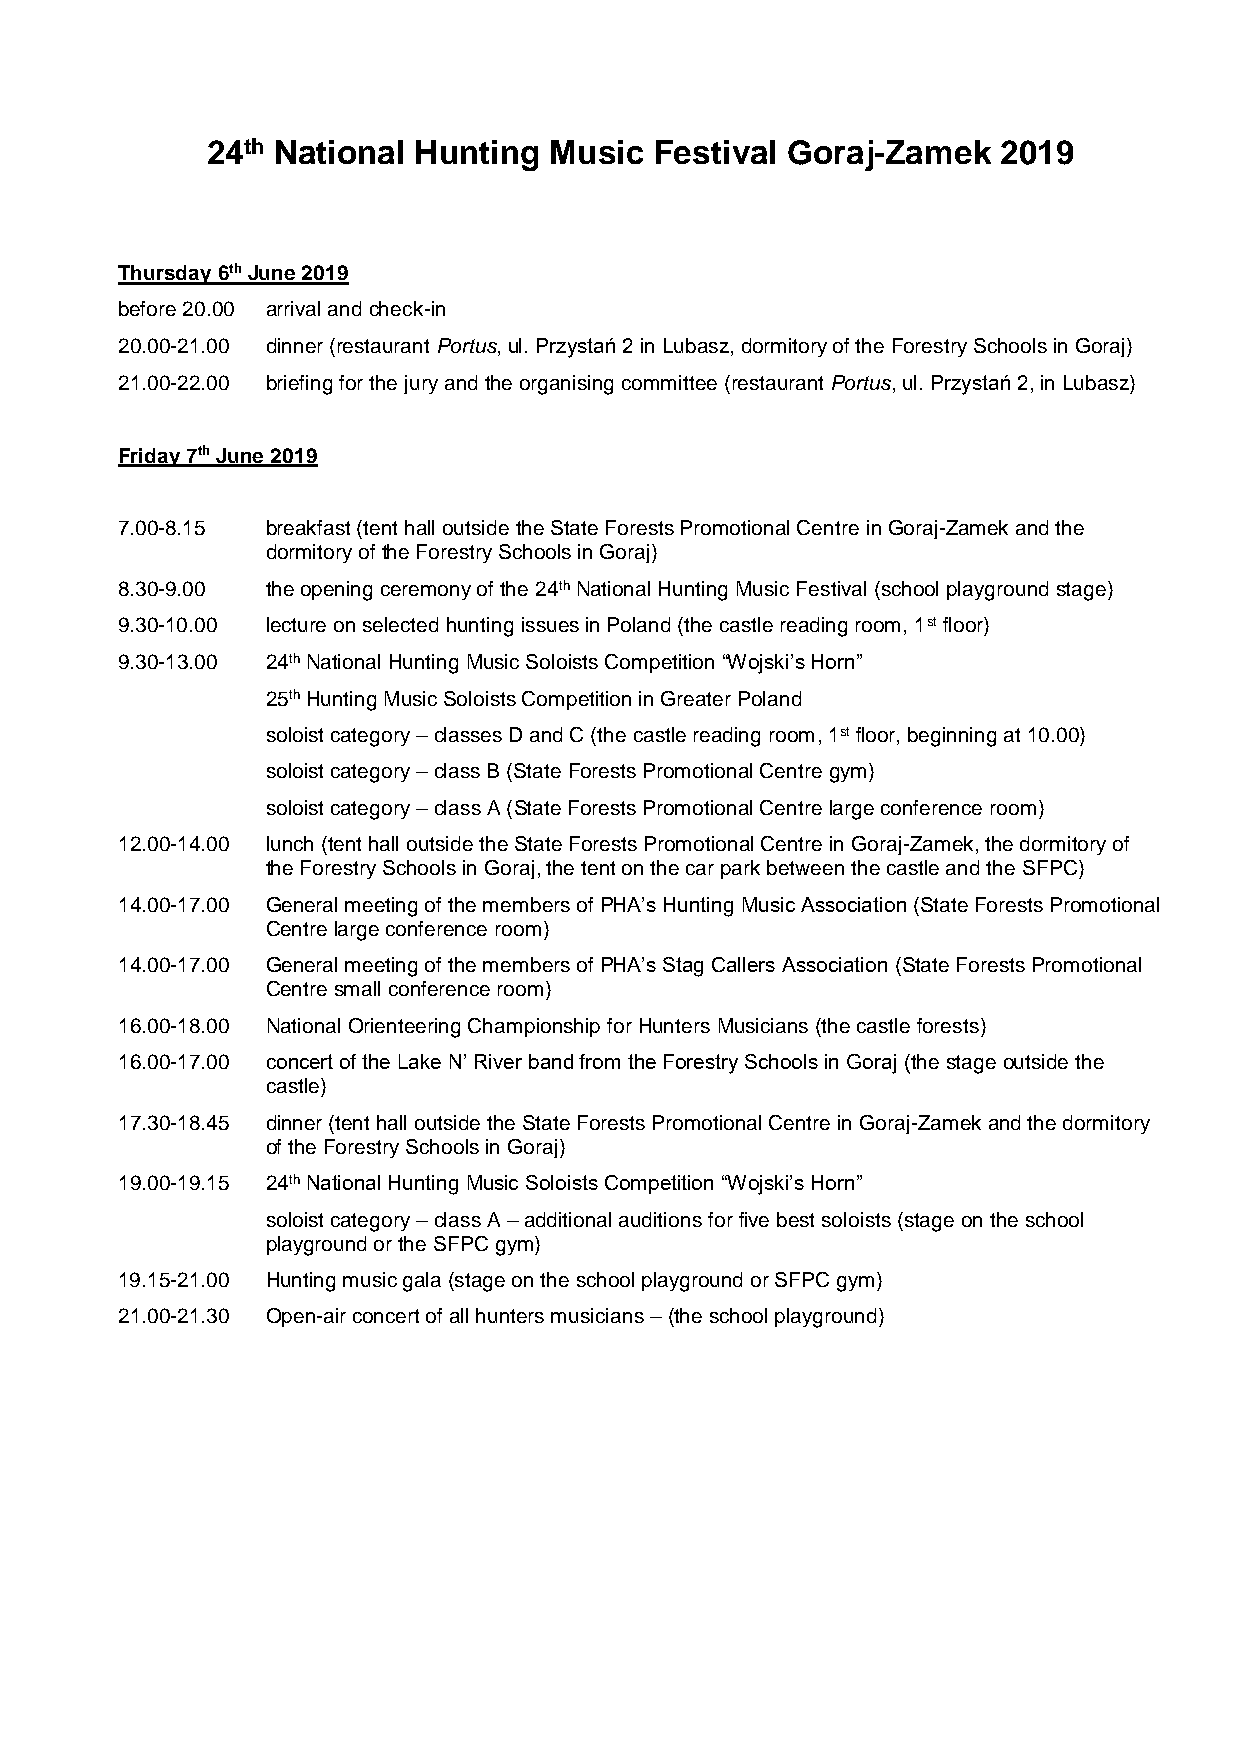
24th National Hunting Music  Festival Goraj-Zamek   2019
 Thursday 6th June 2019
 before 20.00 arrival and check-in
 20.00-21.00 dinner (restaurant Portus, ul. Przystań 2 in Lubasz, dormitory of the Forestry Schools in Goraj)
 21.00-22.00 briefing for the jury and the organising committee (restaurant Portus, ul. Przystań 2, in Lubasz)
 Friday 7th June 2019
 7.00-8.15 breakfast (tent hall outside the State Forests Promotional Centre in Goraj-Zamek and the
 dormitory of the Forestry Schools in Goraj)
 8.30-9.00 the opening ceremony of the 24th National Hunting Music Festival (school playground stage)
 9.30-10.00 lecture on selected hunting issues in Poland (the castle reading room, 1st floor)
 9.30-13.00 24th National Hunting Music Soloists Competition “Wojski’s Horn”
 25th Hunting Music Soloists Competition in Greater Poland
 soloist category – classes D and C (the castle reading room, 1st floor, beginning at 10.00)
 soloist category – class B (State Forests Promotional Centre gym)
 soloist category – class A (State Forests Promotional Centre large conference room)
 12.00-14.00 lunch (tent hall outside the State Forests Promotional Centre in Goraj-Zamek, the dormitory of
 the Forestry Schools in Goraj, the tent on the car park between the castle and the SFPC)
 14.00-17.00 General meeting of the members of PHA’s Hunting Music Association (State Forests Promotional
 Centre large conference room)
 14.00-17.00 General meeting of the members of PHA’s Stag Callers Association (State Forests Promotional
 Centre small conference room)
 16.00-18.00 National Orienteering Championship for Hunters Musicians (the castle forests)
 16.00-17.00 concert of the Lake N’ River band from the Forestry Schools in Goraj (the stage outside the
 castle)
 17.30-18.45 dinner (tent hall outside the State Forests Promotional Centre in Goraj-Zamek and the dormitory
 of the Forestry Schools in Goraj)
 19.00-19.15 24th National Hunting Music Soloists Competition “Wojski’s Horn”
 soloist category – class A – additional auditions for five best soloists (stage on the school
 playground or the SFPC gym)
 19.15-21.00 Hunting music gala (stage on the school playground or SFPC gym)
 21.00-21.30 Open-air concert of all hunters musicians – (the school playground)